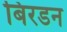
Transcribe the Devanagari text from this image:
बिरडन